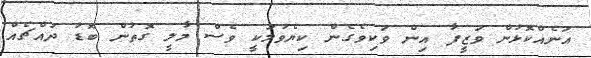
އަނެއްކޮޅުން ވަޒީފާ އިން ވަކިވެގެން ކިޔެވުމަކީ ވެސް މާލީ ގޮތުން ބޮޑު ދައްޗެއް